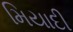
મિયાદી